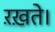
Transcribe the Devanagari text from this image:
ऱख़ते।